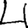
Digit: 4